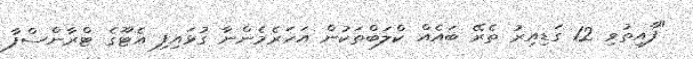
"ފާއިތުވި 12 ގަޑިއިރު ތެރޭ ބައެއް ކްލަބްތަކުން އަހަރެމެންނާ ގުޅައިފި އެޓޫގެ ޓްރާންސްފާ